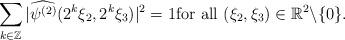
LaTeX: \begin{align*} \sum_{k\in\Bbb{Z}}|\widehat{\psi^{(2)}}(2^{k}\xi_2,2^k \xi_3 )|^2=1\mbox{for all }(\xi_2,\xi_3)\in \Bbb{R}^2\backslash\{0\}.\end{align*}